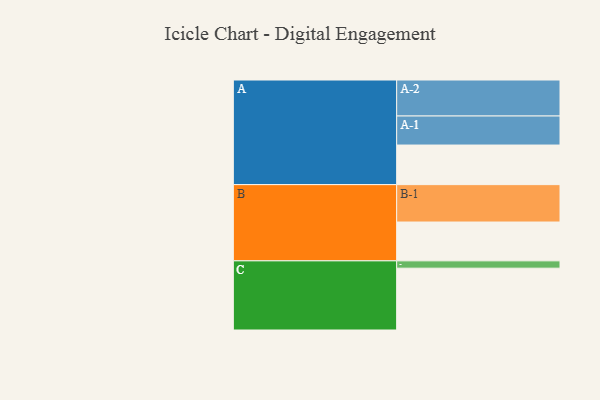
{"axis": {"x": "Segment", "y": "Value"}, "legend": ["", "A", "B", "C"], "data": [{"x": "A", "y": 308, "type": ""}, {"x": "B", "y": 302, "type": ""}, {"x": "C", "y": 481, "type": ""}, {"x": "A-1", "y": 226, "type": "A"}, {"x": "A-2", "y": 280, "type": "A"}, {"x": "B-1", "y": 291, "type": "B"}, {"x": "C-1", "y": 57, "type": "C"}]}